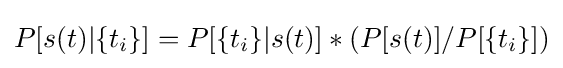
P[s(t)|\{t_{i}\}]=P[\{t_{i}\}|s(t)]*(P[s(t)]/P[\{t_{i}\}])